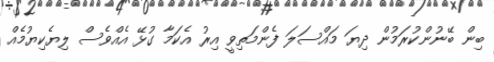
ބިން ބޭނުންކުރަމުން ދިޔަ މައްސަލަ ފެންމަތިވީ އިރު އެކަމާ ގުޅޭ އެއްވެސް ލިޔެކިޔުމެއް